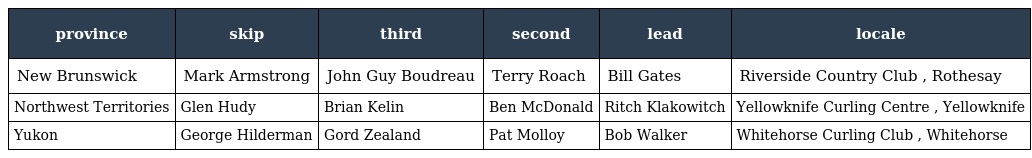
| province | skip | third | second | lead | locale |
 | --- | --- | --- | --- | --- | --- |
 | New Brunswick | Mark Armstrong | John Guy Boudreau | Terry Roach | Bill Gates | Riverside Country Club , Rothesay |
 | Northwest Territories | Glen Hudy | Brian Kelin | Ben McDonald | Ritch Klakowitch | Yellowknife Curling Centre , Yellowknife |
 | Yukon | George Hilderman | Gord Zealand | Pat Molloy | Bob Walker | Whitehorse Curling Club , Whitehorse |